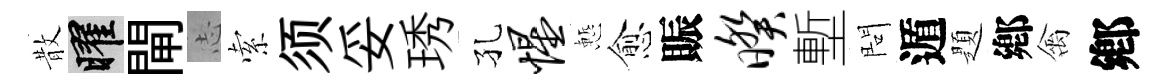
散曜閘𢖽索须妥琇孔惺慙愈賑暌塹問遁題鄕禽鄕